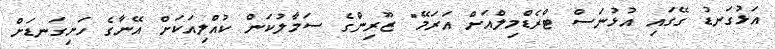
އަޅުގަނޑު ގޭގައި އުޅުނަސް ޓްރެޑްމިލްއަށް އަރަމޭ" ޒޫރިންގެ ސަމާލުކަން ކުއްލިއަކަށް އޭނާގެ ހަށިގަނޑަށް